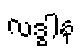
လဒ္ဓါန